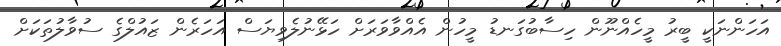
އަހަންނަކީ ބީރު މީހެއްނޫން ހިސާބުގަނޑު މީހުން އެއްވާވަރަށް ހަޅޭނުލެވިޔަސް އަހަރެން ޒައުލްގެ ސުވާލުތަކަށް